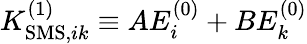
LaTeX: K_{\mathrm{SMS},ik}^{(1)}\equiv AE_{i}^{(0)}+BE_{k}^{(0)}